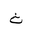
Letter: _tha